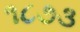
૧૮૭૩